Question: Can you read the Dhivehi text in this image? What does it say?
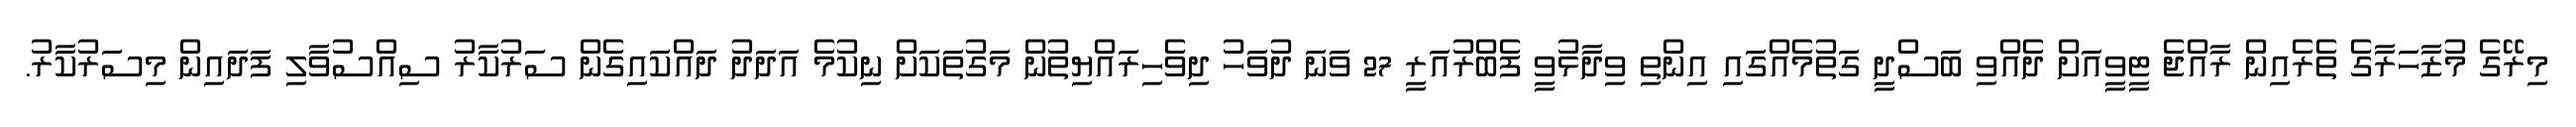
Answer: މިރޭގެ މުޒާހަރާގެ ތެރެއިން ރާއްޖެ ޓީވީއަށް ދެއްވި ބަސްދީ ގަތުމެއްގައި އިންތި ވިދާޅުވީ ފެބްރުއަރީ 27 ވަނަ ދުވަހު ދިވެހިރައްޔިތުން މަގުތަކަށް ނިކުމެ އަދަދު ދައްކައިގެން ސަރުކާރު ސިއްސުވާލި ފަދައިން މިސަރުކާރު.